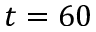
t = 6 0